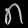
Digit: ၈